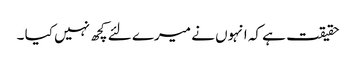
حقیقت ہے کہ انہوں نے میرے لئے کچھ نہیں کیا ۔